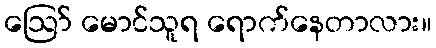
ဪ မောင်သူရ ရောက်နေတာလား။